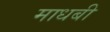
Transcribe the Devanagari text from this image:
माधबी